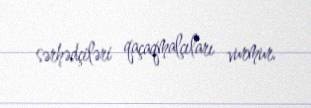
sərhədçiləri qaçaqmalçıları vurmur.